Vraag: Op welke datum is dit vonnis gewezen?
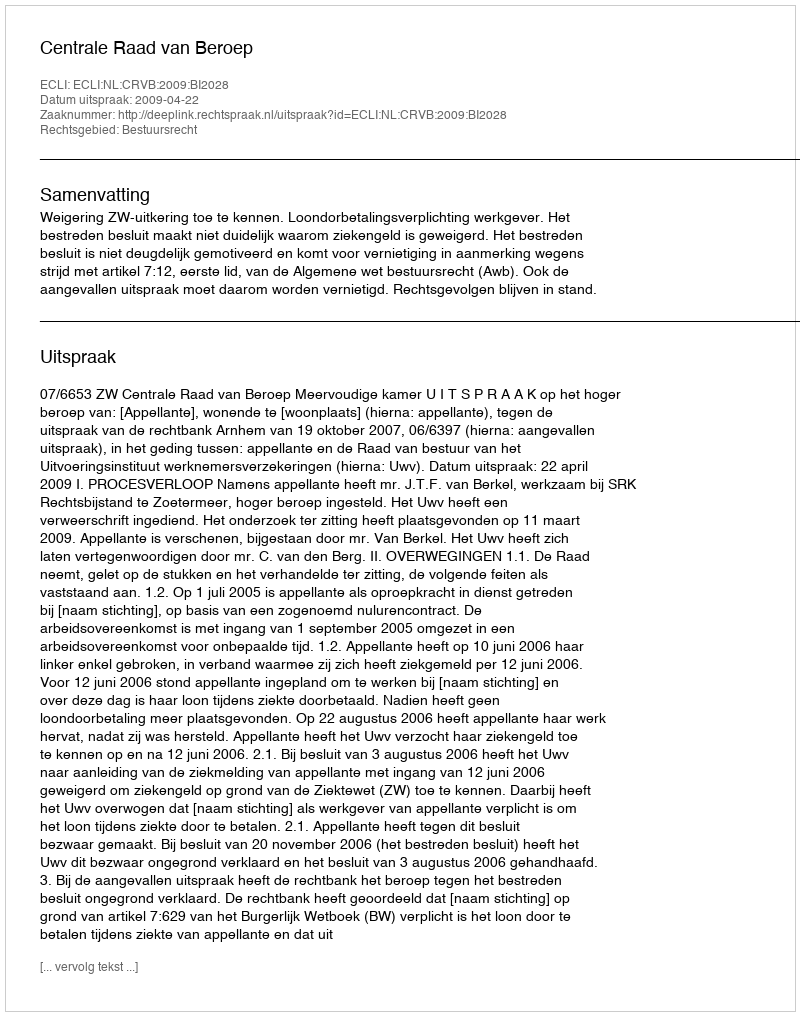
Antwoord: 2009-04-22